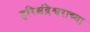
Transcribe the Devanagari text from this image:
हरिश्चंद्रेश्वराच्या